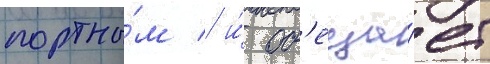
портны́м / и́ об'еща́ет